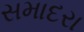
સમાદરા